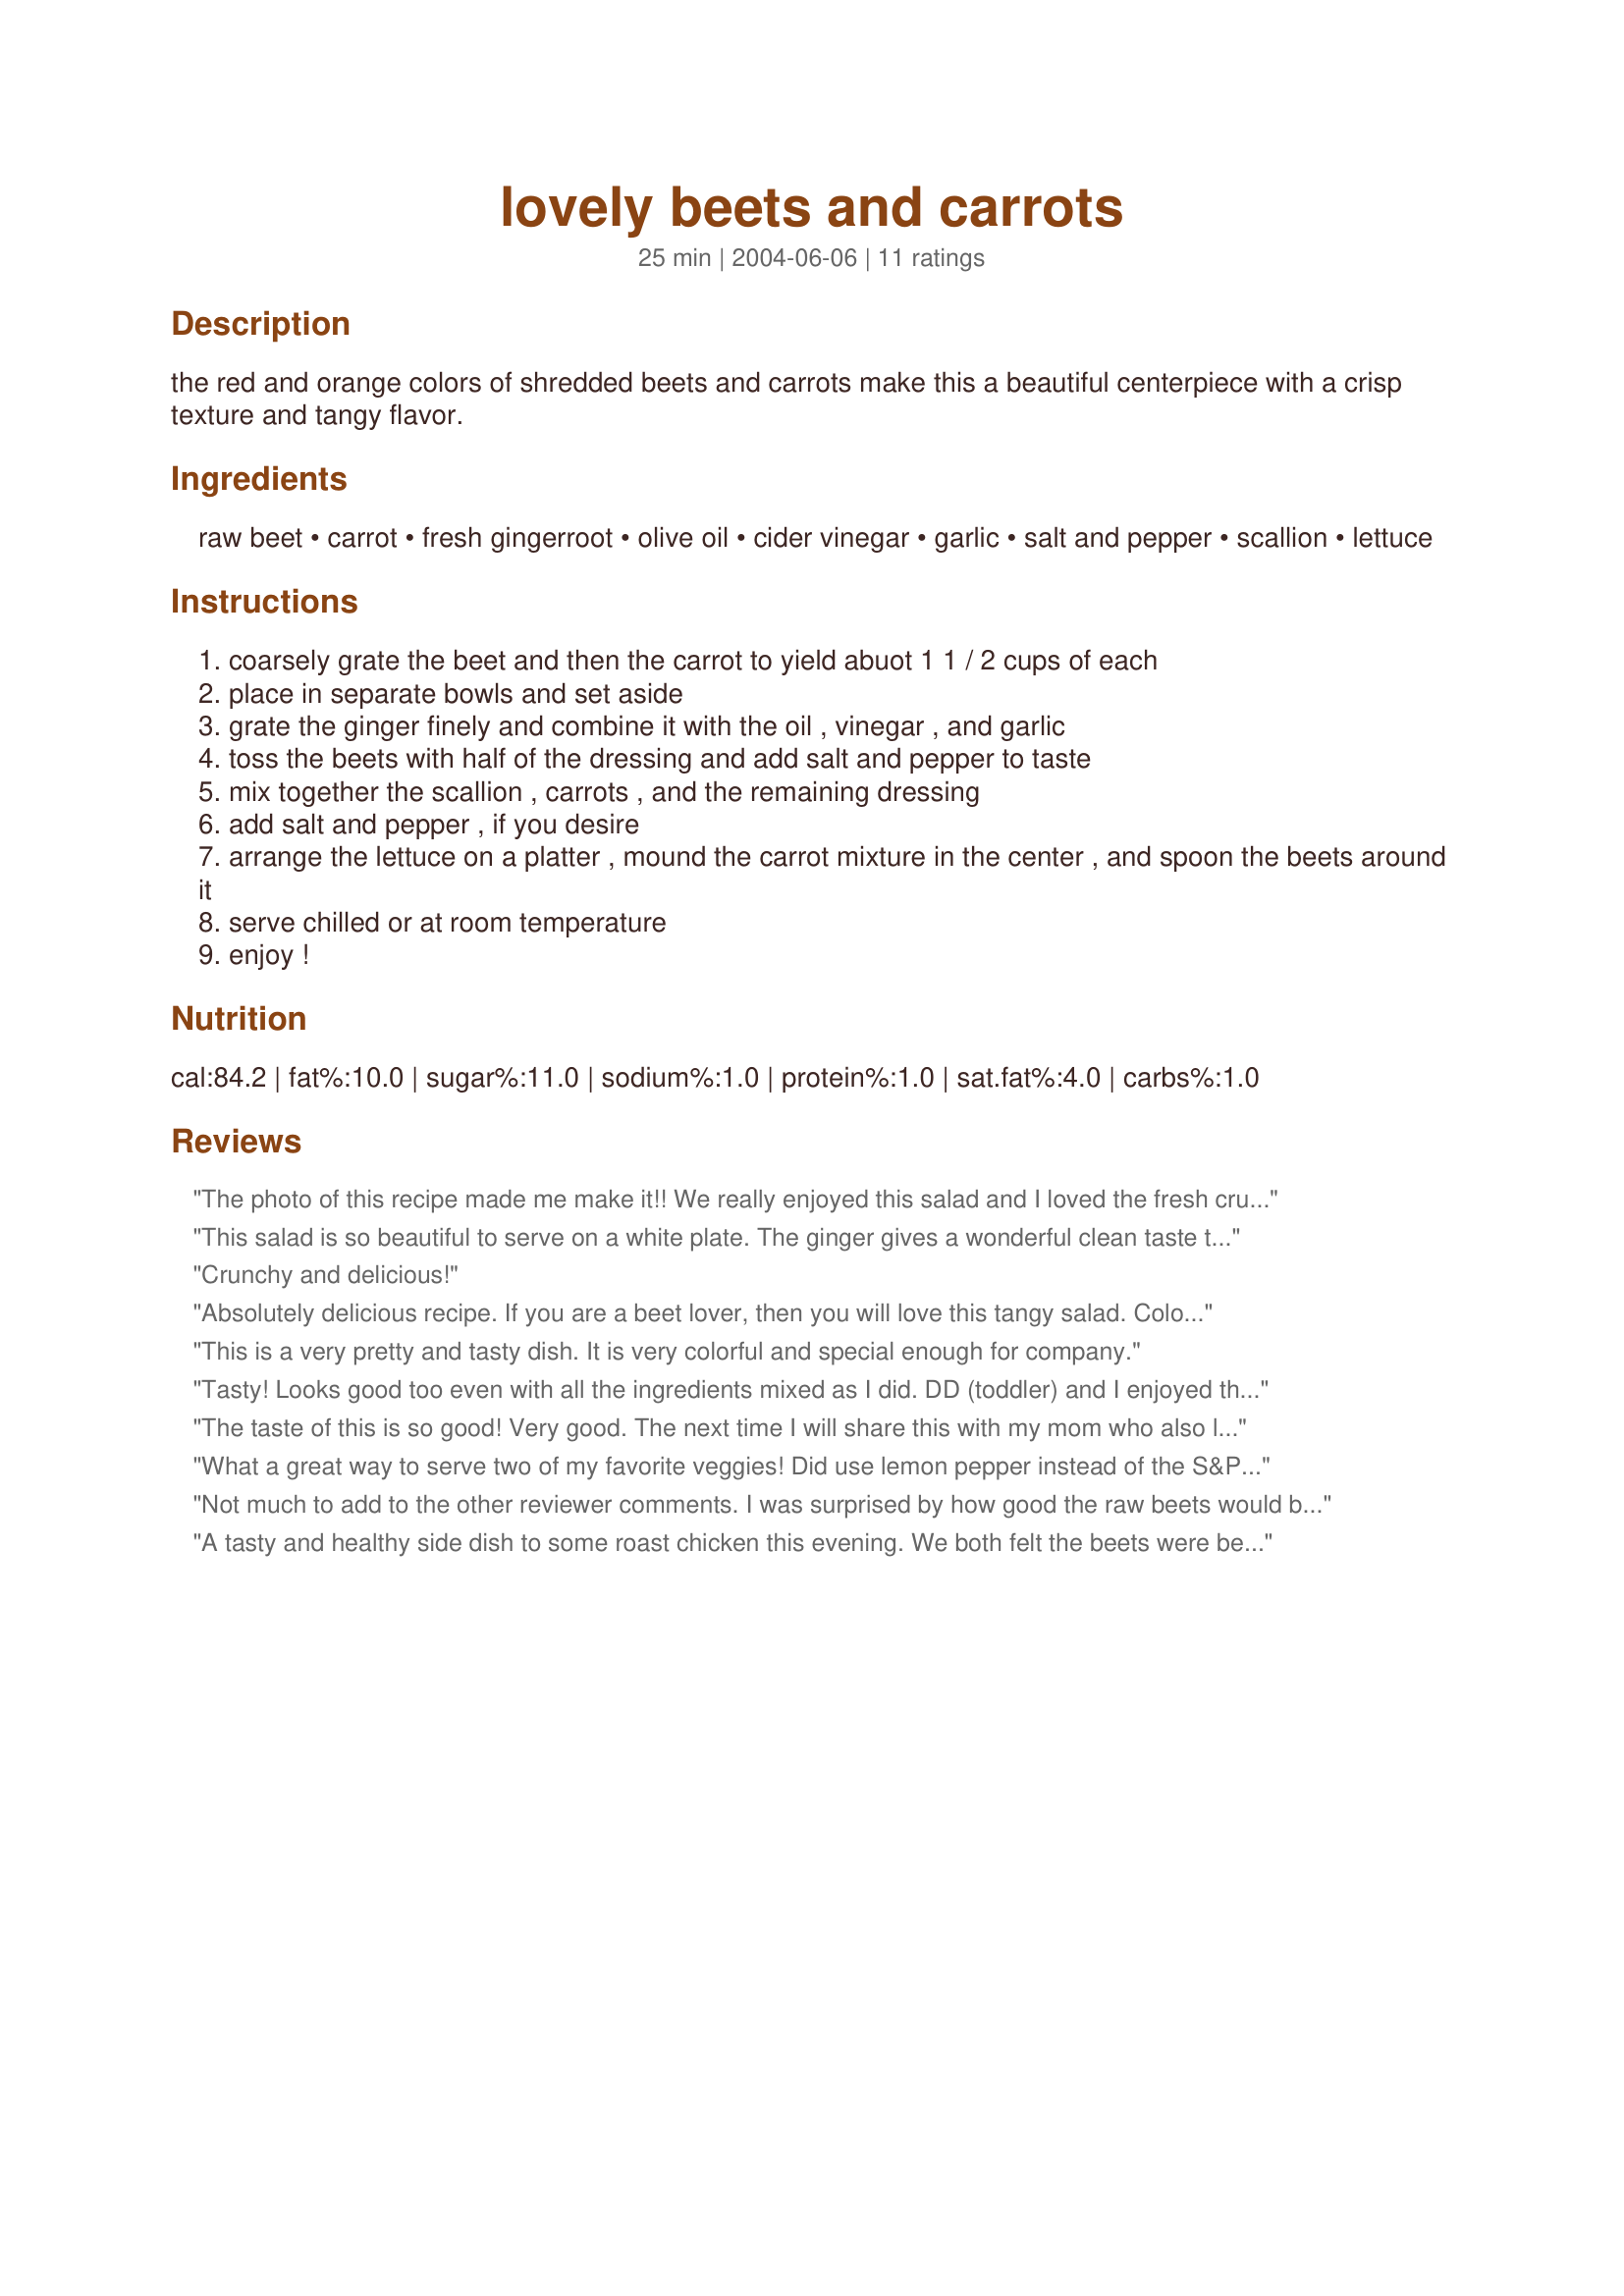
lovely beets and carrots
Preparation time: 25 minutes

the red and orange colors of shredded beets and carrots make this a beautiful centerpiece with a crisp texture and tangy flavor.

Ingredients:
raw beet, carrot, fresh gingerroot, olive oil, cider vinegar, garlic, salt and pepper, scallion, lettuce

Steps:
coarsely grate the beet and then the carrot to yield abuot 1 1 / 2 cups of each
place in separate bowls and set aside
grate the ginger finely and combine it with the oil , vinegar , and garlic
toss the beets with half of the dressing and add salt and pepper to taste
mix together the scallion , carrots , and the remaining dressing
add salt and pepper , if you desire
arrange the lettuce on a platter , mound the carrot mixture in the center , and spoon the beets around it
serve chilled or at room temperature
enjoy !

Reviews:
The photo of this recipe made me make it!! We really enjoyed this salad and I loved the fresh crunch and the beets were awesome! I added some baby spinach leaves to the greens because we can never get enough spinach!! *Zaar World Tour 3*
This salad is so beautiful to serve on a white plate. The ginger gives a wonderful clean taste to the vegetables and the vinegar the right amount of tartness. I did not have lettuce leaves but did mound some baby spinach for the carrot mix.
Crunchy and delicious!
Absolutely delicious recipe. If you are a beet lover, then you will love this tangy salad. Colorful and fresh and quite flavorful. I found the measurements to be spot on accurate.
This is a very pretty and tasty dish. It is very colorful and special enough for company.
Tasty! Looks good too even with all the ingredients mixed as I did. DD (toddler) and I enjoyed this almost raw salad. I like it a whole lot. Yes my DD likes healthy food because that is what I feed her. I left out the lettuce as I feel it was just for presentation. Next time I would like to use an organic beet and carrot as they have so much more flavour and are more healthy but even with non-organic produce this was very good. I peeled the beet with a knife on a aluminum foil covered cutting board with my hand in a plastic bag. Kept my hand in the plastic bag for grating it too and no mess was made. I used unrefined extra virgin olive oil, organic apple cider vinegar, 1 small-medium garlic clove, sea salt, freshly ground black pepper, plus the rest of the ingredients. I would like to make this again. Made for Veggie Swap 38 ~ September ~
The taste of this is so good! Very good. The next time I will share this with my mom who also likes beets. I personaly liked them the better the next day.
What a great way to serve two of my favorite veggies! Did use lemon pepper instead of the S&P, & I also included some tender snow peas I'd found! Ended up with the beets in the center, carrots in the middle & the peas around the outside! Thanks for a great keeper! [Tagged, made & reviewed for a teammate in our raw food group in the Vegetarian/Vegan Recipe Swap II]
Not much to add to the other reviewer comments. I was surprised by how good the raw beets would be. If you are a beet lover, this is going to be a real treat.
A tasty and healthy side dish to some roast chicken this evening. We both felt the beets were better than the carrots. Be very careful when shredding your beets. . .unless you are wearing an old red shirt LOL. Made for VEG*N swap.
Beautiful, tasty, and nutritious. I doubled the recipe, put the beets in the center and the carrots around them and used a good imported German cider vinegar.
